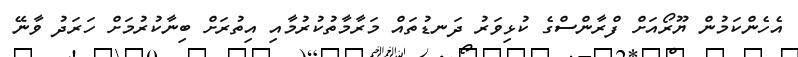
އެހެންކަމުން ޔޫރޯއަށް ފްރާންސްގެ ކުޅިވަރު ދަނޑުތައް މަރާމާތުކުރުމާއި އިތުރަށް ބިނާކުރުމަށް ހަރަދު ވާނޭ